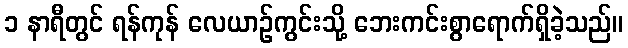
၁ နာရီတွင် ရန်ကုန် လေယာဉ်ကွင်းသို့ ဘေးကင်းစွာရောက်ရှိခဲ့သည်။